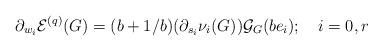
LaTeX: \begin{align*}\partial _{w_{i}}\mathcal{E}^{(q)}(G)=(b+1/b)(\partial _{s_{i}}\nu _{i}(G))\mathcal{G}_{G}(be_{i});\quad i=0,r \end{align*}